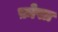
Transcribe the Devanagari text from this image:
फ़ोसा